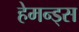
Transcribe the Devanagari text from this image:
हेमन्ड्स